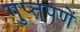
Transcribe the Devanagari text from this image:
गुप्‍तपणें